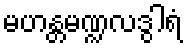
မဟန္တမဏ္ဍလဒွါရံ